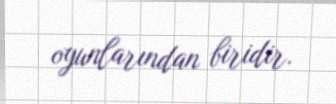
oyunlarından biridir.